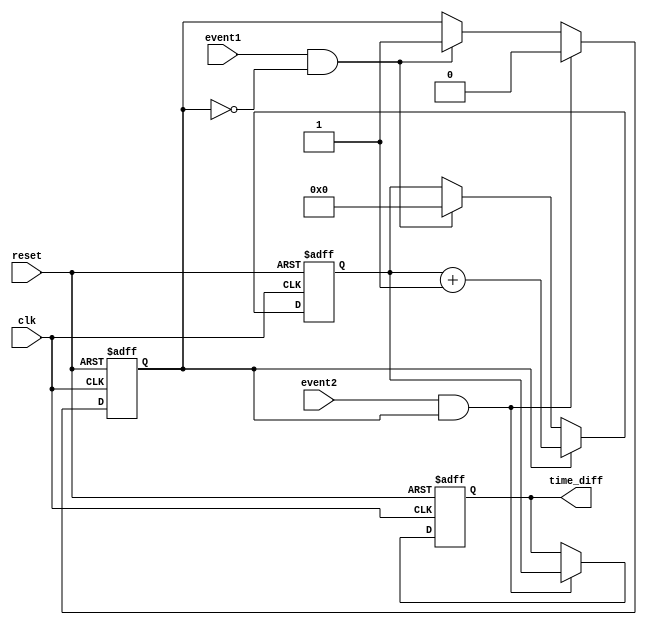
module TDC (
    input wire clk,             // High-frequency clock signal
    input wire reset,           // Asynchronous reset signal
    input wire event1,          // First event input (rising edge)
    input wire event2,          // Second event input (rising edge)
    output reg [31:0] time_diff // 32-bit output to store time difference
);

// State definitions
reg counting;                  // State to indicate if counting is active
reg [31:0] counter;            // 32-bit counter

// Initialization
always @(posedge clk or posedge reset) begin
    if (reset) begin
        counter <= 32'b0;      // Reset counter to zero
        time_diff <= 32'b0;    // Clear time difference output
        counting <= 1'b0;       // Disable counting
    end else begin
        if (event1 && !counting) begin
            counting <= 1'b1;   // Start counting on event1
            counter <= 32'b0;   // Reset counter when counting starts
        end

        if (counting) begin
            counter <= counter + 1; // Increment counter on each clock cycle
        end

        if (event2 && counting) begin
            counting <= 1'b0;   // Stop counting on event2
            time_diff <= counter; // Store the time difference
        end
    end
end

endmodule